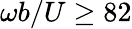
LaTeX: \omega b/U\geq 82